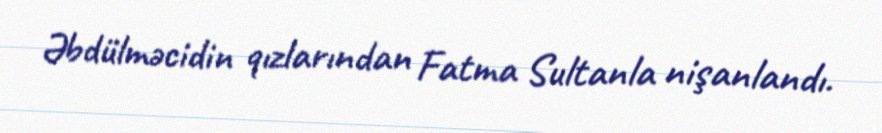
Əbdülməcidin qızlarından Fatma Sultanla nişanlandı.